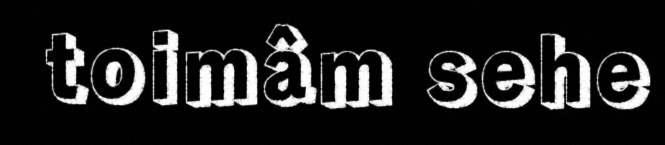
toimâm sehe